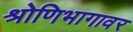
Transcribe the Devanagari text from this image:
श्रोणिभागावर